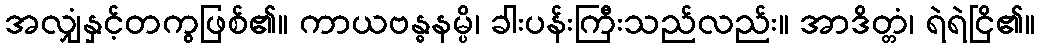
အလျှံနှင့်တကွဖြစ်၏။ ကာယဗန္ဓနမ္ပိ၊ ခါးပန်းကြီးသည်လည်း။ အာဒိတ္တံ၊ ရဲရဲငြိ၏။